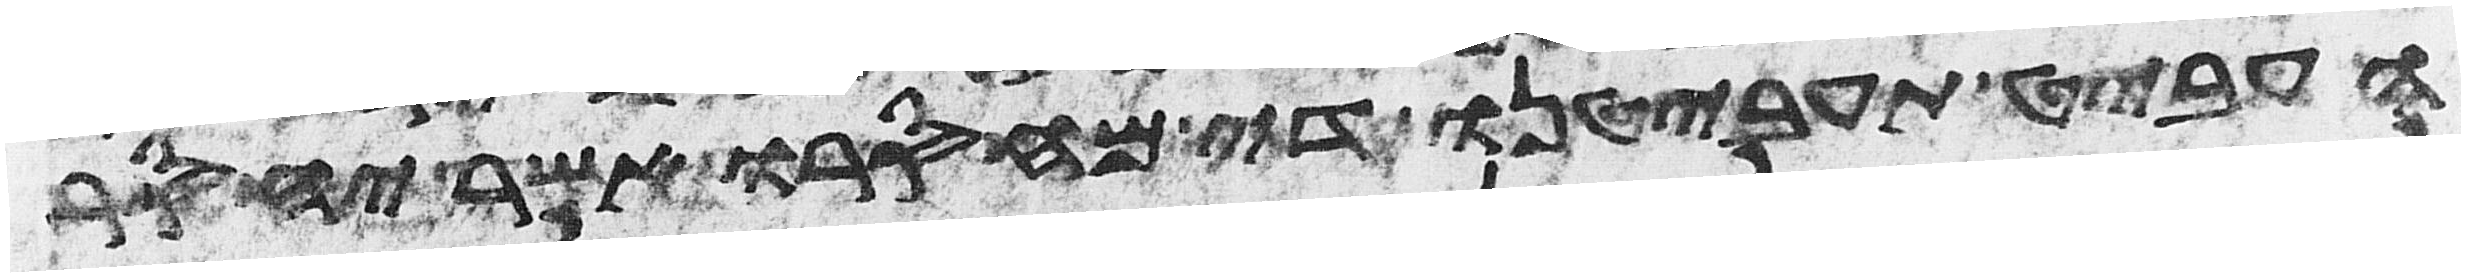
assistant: העביט תעביטנו די מחסרו אשר יחסר